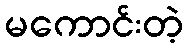
မကောင်းတဲ့